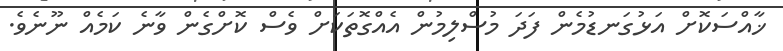
ޚާއްސަކޮށް އަޅުގަނޑުމެން ފަދަ މުސްލިމުން އެއްގޮތަކަށް ވެސް ކޮށްގެން ވާނެ ކަމެއް ނޫނެވެ.